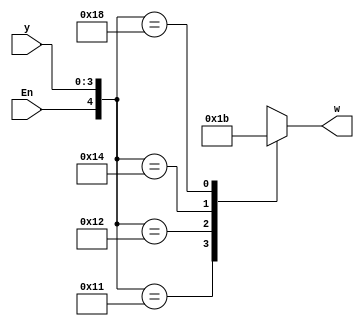
module Exercise4_20(input [3:0]y, input En, output reg [1:0]w); //output reg error
	always@(y, En)
		begin
			casex({En, y})
			5'b10001: w = 0;
			5'b10010: w = 1;
			5'b10100: w = 2;
			5'b11000: w = 3; //can be 0 2 4 8
			default: w = 2'bxx; //can be 0-3 or xx or zz or any combination of those three;
			endcase
		end

endmodule